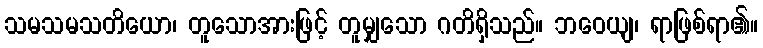
သမသမသတိယော၊ တူသောအားဖြင့် တူမျှသော ဂတိရှိသည်။ ဘဝေယျ၊ ရာဖြစ်ရာ၏။